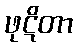
ဖုဋိတာ